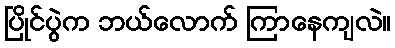
ပြိုင်ပွဲက ဘယ်လောက် ကြာနေကျလဲ။